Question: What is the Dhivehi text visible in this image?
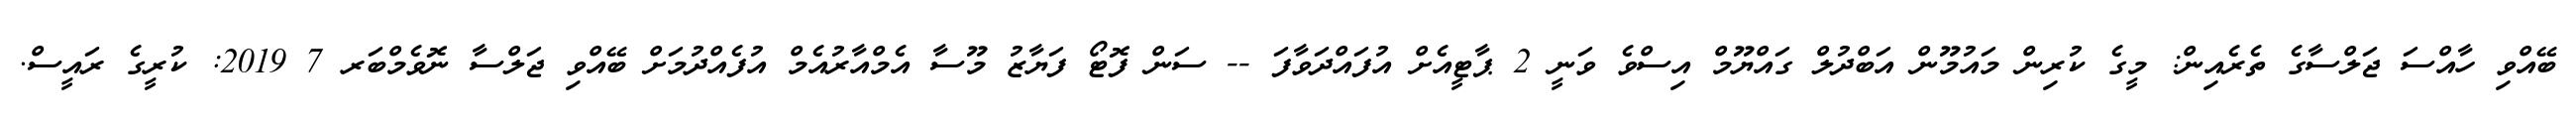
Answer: ބޭއްވި ހާއްސަ ޖަލްސާގެ ތެރެއިން: މީގެ ކުރިން މައުމޫން އަބްދުލް ގައްޔޫމް އިސްވެ ވަނީ 2 ޕާޓީއެށް އުފައްދަވާފަ -- ސަން ފޮޓޯ ފަޔާޒު މޫސާ އެމްއާރުއެމް އުފެއްދުމަށް ބޭއްވި ޖަލްސާ ނޮވެމްބަރ 7 2019: ކުރީގެ ރައީސް.